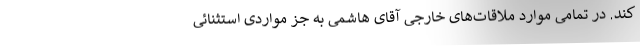
کند. در تمامی موارد ملاقات‌های خارجی آقای هاشمی به جز مواردی استثنائی